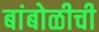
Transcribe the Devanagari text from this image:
बांबोळीची